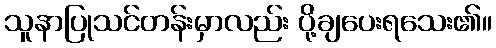
သူနာပြုသင်တန်းမှာလည်း ပို့ချပေးရသေး၏။